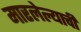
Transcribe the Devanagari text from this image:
मारलेल्याची